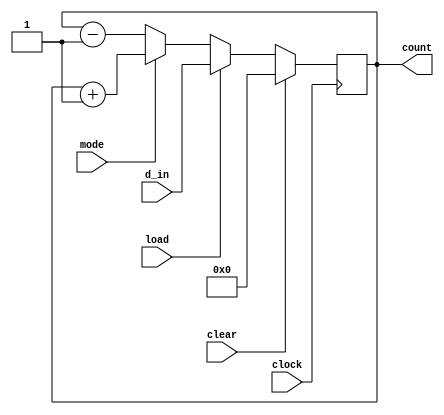
//synchronous up down counter 
module up_down_counter(d_in,load,clear,clock,count,mode);
input [7:0]d_in;
input load,clear,clock,mode;
output reg [7:0]count;
always @(posedge clock)
begin
if (clear) count<=8'b0;//using non-blocking
else if (load) count<=d_in;
else if (mode) count<=count+1;
else count<=count-1;
end
endmodule